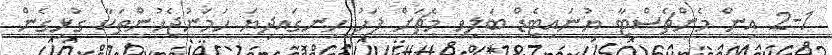
2-1 އިން މެންޗެސްޓާ ޔުނައިޓެޑް ބަލިވި މެޗަށް ފަހު ހިނގައިދިޔަ ހަމަނުޖެހުންތަކާ ގުޅިގެން